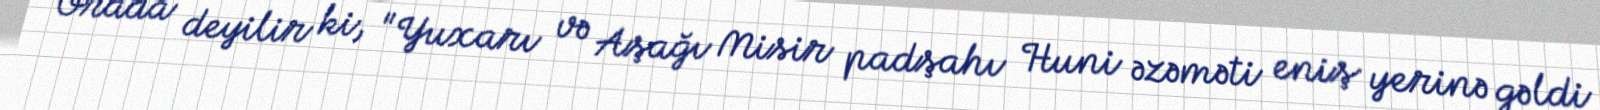
Orada deyilir ki, "Yuxarı və Aşağı Misir padşahı Huni əzəməti eniş yerinə gəldi